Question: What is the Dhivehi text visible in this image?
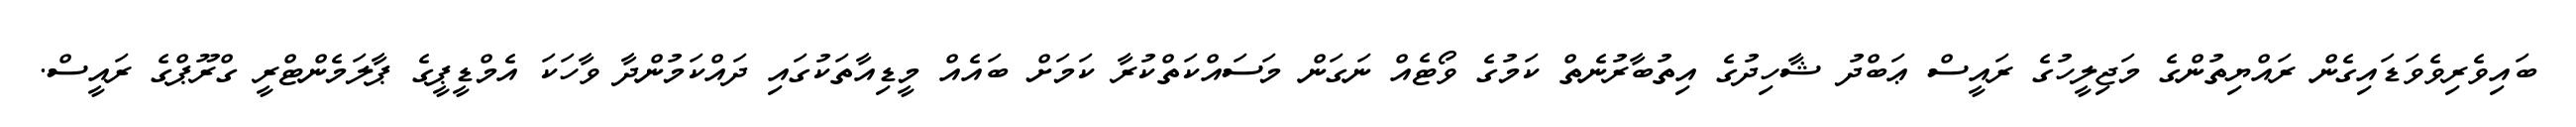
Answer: ބައިވެރިވެވަޑައިގެން ރައްޔިތުންގެ މަޖިލީހުގެ ރައީސް ޢަބްދު ޝާހިދުގެ އިތުބާރުނެތް ކަމުގެ ވޯޓެއް ނަގަން މަސައްކަތްކުރާ ކަމަށް ބައެއް މީޑިއާތަކުގައި ދައްކަމުންދާ ވާހަކަ އެމްޑީޕީގެ ޕާލަމެންޓްރީ ގްރޫޕްގެ ރައީސް.